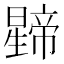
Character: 𭨅